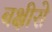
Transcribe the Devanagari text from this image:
बक्षीसे